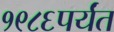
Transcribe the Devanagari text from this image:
१९८६पर्यंत